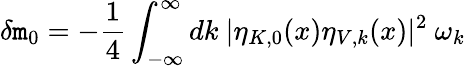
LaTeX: \delta\mathtt{m}_{0}=-\frac{{1}}{{4}}\int_{-\infty}^{\infty}dk~|\eta_{K,0}(x)\eta_{V,k}(x)|^{2}~\omega_{k}